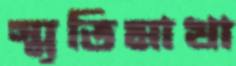
স্মৃতিমাখা